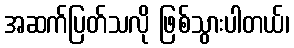
အဆက်ပြတ်သလို ဖြစ်သွားပါတယ်၊